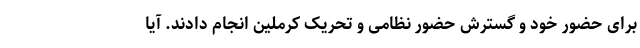
برای حضور خود و گسترش حضور نظامی و تحریک کرملین انجام دادند. آیا